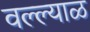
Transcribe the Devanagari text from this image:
वल्ल्याळ